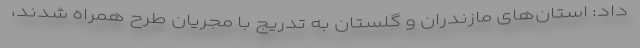
داد: استان‌های مازندران و گلستان به تدریج با مجریان طرح همراه شدند،